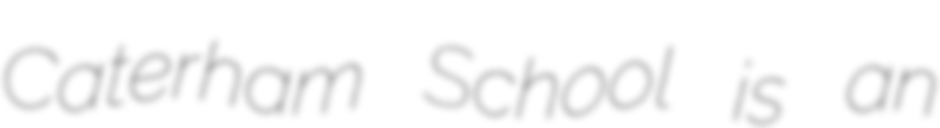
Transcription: Caterham School is an